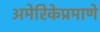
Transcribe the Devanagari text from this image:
अमेरिकेप्रमाणे